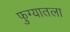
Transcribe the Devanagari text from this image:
फुग्यातला